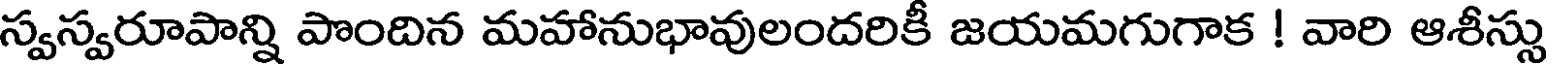
స్వస్వరూపాన్ని పొందిన మహానుభావులందరికీ జయమగుగాక ! వారి ఆశీస్సు